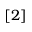
[ 2 ]